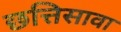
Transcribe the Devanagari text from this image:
छत्तिसावा